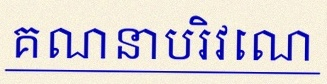
គណនាបរិវេណ